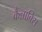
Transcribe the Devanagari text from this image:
कैन्नाबिस